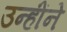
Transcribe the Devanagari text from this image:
उन्होंंने